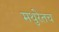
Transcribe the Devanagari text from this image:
मथुरेतच